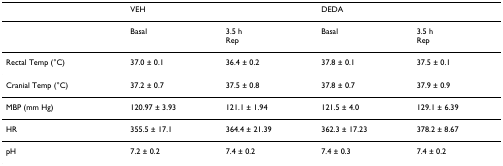
|  | VEH |  | DEDA |  |
 | --- | --- | --- | --- | --- |
 |  | Basal | 3.5 hRep | Basal | 3.5 hRep |
 | Rectal Temp (°C) | 37.0 ± 0.1 | 36.4 ± 0.2 | 37.8 ± 0.1 | 37.5 ± 0.1 |
 | Cranial Temp (°C) | 37.2 ± 0.7 | 37.5 ± 0.8 | 37.8 ± 0.7 | 37.9 ± 0.9 |
 | MBP (mm Hg) | 120.97 ± 3.93 | 121.1 ± 1.94 | 121.5 ± 4.0 | 129.1 ± 6.39 |
 | HR | 355.5 ± 17.1 | 364.4 ± 21.39 | 362.3 ± 17.23 | 378.2 ± 8.67 |
 | pH | 7.2 ± 0.2 | 7.4 ± 0.2 | 7.4 ± 0.3 | 7.4 ± 0.2 |